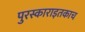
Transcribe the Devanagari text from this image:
पुरस्काराइतकाच